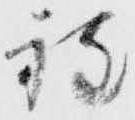
程